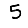
Digit: 5